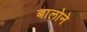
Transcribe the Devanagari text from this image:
बालोने